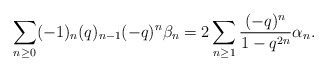
\begin{align*} \sum_{n \geq 0} (-1)_n (q)_{n-1} (-q)^n \beta_{n} = 2\sum_{n \geq 1} \frac{(-q)^n}{1-q^{2n}} \alpha_n.\end{align*}